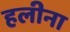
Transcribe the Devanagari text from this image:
हलीना